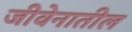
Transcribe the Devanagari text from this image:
जीवेनातील